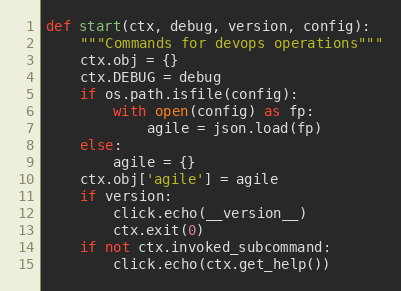
Language: Python
def start(ctx, debug, version, config):
    """Commands for devops operations"""
    ctx.obj = {}
    ctx.DEBUG = debug
    if os.path.isfile(config):
        with open(config) as fp:
            agile = json.load(fp)
    else:
        agile = {}
    ctx.obj['agile'] = agile
    if version:
        click.echo(__version__)
        ctx.exit(0)
    if not ctx.invoked_subcommand:
        click.echo(ctx.get_help())